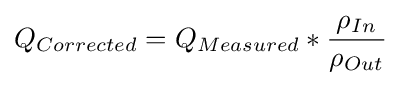
Q_{Corrected}=Q_{Measured}*{\rho _{In} \over \rho _{Out}}\,\!